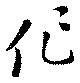
作